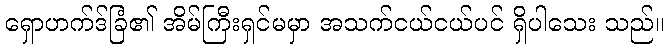
ရှောဟက်ဒ်ခြံ၏ အိမ်ကြီးရှင်မမှာ အသက်ငယ်ငယ်ပင် ရှိပါသေး သည်။